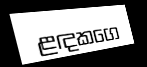
ළඳකගෙ